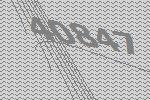
40847